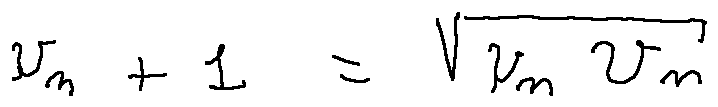
u _ { n + 1 } = \sqrt { u _ { n } v _ { n } }